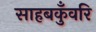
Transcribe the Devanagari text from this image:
साहबकुँवरि